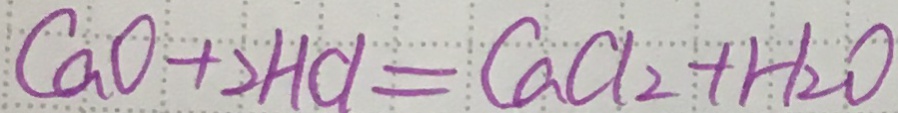
C a O + 2 H C l = C a C L _ { 2 } + H _ { 2 } O